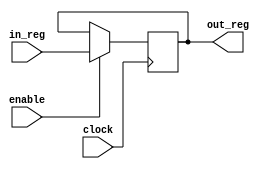
module register(clock, enable, in_reg, out_reg);
    input clock, enable;
    input   [31:0] in_reg;
    output reg [31:0] out_reg;

    always@(posedge clock)
            if(enable)
                out_reg = in_reg;
endmodule